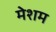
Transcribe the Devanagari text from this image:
मेशम